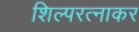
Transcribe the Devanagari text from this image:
शिल्परत्नाकर